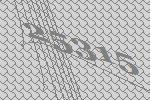
25315